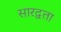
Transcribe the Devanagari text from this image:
सारद्वता